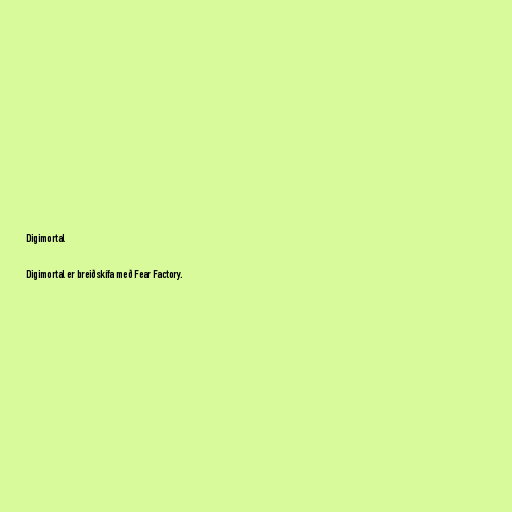
Digimortal

Digimortal er breiðskífa með Fear Factory.